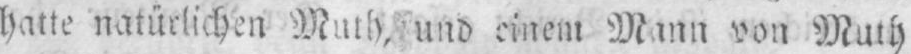
von Muth